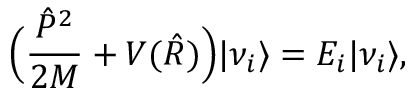
\Big ( \frac { \hat { P } ^ { 2 } } { 2 M } + V ( \hat { R } ) \Big ) | \nu _ { i } \rangle = E _ { i } | \nu _ { i } \rangle ,